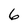
Character: 6